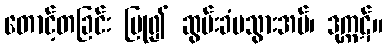
တောင့်တခြင်း ပြု၍ ဆွမ်းခံမသွားအပ်၊ ဒုက္ကဋ်။